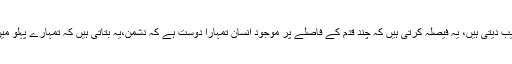
یہ افسوس کا طریقہ بدل دیتی ہیں،سوچ کا زاویہ ترتیب دیتی ہیں، یہ فیصلہ کرتی ہیں کہ چند قدم کے فاصلے پر موجود انسان تمہارا دوست ہے کہ دشمن،یہ بتاتی ہیں کہ تمہارے پہلو میں کھیلنے والا بچہ تمہار ا قاتل ہے کہ تمہار دوست۔